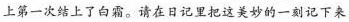
上第一次结上了白霜。请在日记里把这美妙的一刻记下来